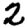
Digit: 2